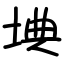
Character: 㙉